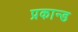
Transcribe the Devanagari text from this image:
प्रकान्ड